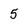
Character: 5